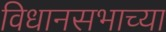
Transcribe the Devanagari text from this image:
विधानसभाच्या